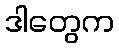
ဒါတွေက